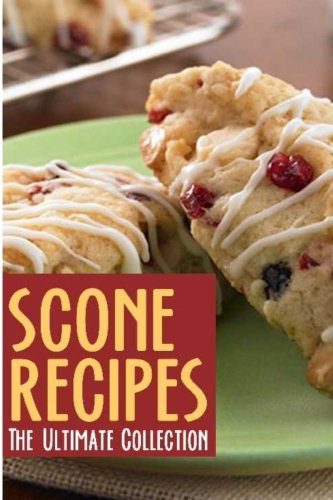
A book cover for Scones :The Ultimate Recipe Guide; Jennifer Hastings; Cookbooks, Food & Wine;